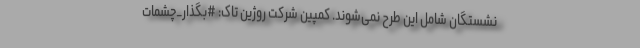
نشستگان شامل این طرح نمی‌شوند. کمپین شرکت روژین تاک: #بگذار_چشمات